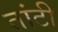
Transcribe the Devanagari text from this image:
तांटी